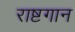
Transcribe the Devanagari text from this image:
राष्टगान